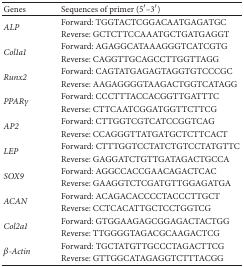
<table><thead><tr><td><b>Genes</b></td><td><b>Sequences of primer (5′–3′)</b></td></tr></thead><tbody><tr><td rowspan="2"><i>ALP</i></td><td>Forward: TGGTACTCGGACAATGAGATGC</td></tr><tr><td>Reverse: GCTCTTCCAAATGCTGATGAGGT</td></tr><tr><td rowspan="2"><i>Col1a1</i></td><td>Forward: AGAGGCATAAAGGGTCATCGTG</td></tr><tr><td>Reverse: CAGGTTGCAGCCTTGGTTAGG</td></tr><tr><td rowspan="2"><i>Runx2</i></td><td>Forward: CAGTATGAGAGTAGGTGTCCCGC</td></tr><tr><td>Reverse: AAGAGGGGTAAGACTGGTCATAGG</td></tr><tr><td rowspan="2"><i>PPARγ</i></td><td>Forward: CCCTTTACCACGGTTGATTTC</td></tr><tr><td>Reverse: CTTCAATCGGATGGTTCTTCG</td></tr><tr><td rowspan="2"><i>AP2</i></td><td>Forward: CTTGGTCGTCATCCGGTCAG</td></tr><tr><td>Reverse: CCAGGGTTATGATGCTCTTCACT</td></tr><tr><td rowspan="2"><i>LEP</i></td><td>Forward: CTTTGGTCCTATCTGTCCTATGTTC</td></tr><tr><td>Reverse: GAGGATCTGTTGATAGACTGCCA</td></tr><tr><td rowspan="2"><i>SOX9</i></td><td>Forward: AGGCCACCGAACAGACTCAC</td></tr><tr><td>Reverse: GAAGGTCTCGATGTTGGAGATGA</td></tr><tr><td rowspan="2"><i>ACAN</i></td><td>Forward: ACAGACACCCCTACCCTTGCT</td></tr><tr><td>Reverse: CCTCACATTGCTCCTGGTCG</td></tr><tr><td rowspan="2"><i>Col2a1</i></td><td>Forward: GTGGAAGAGCGGAGACTACTGG</td></tr><tr><td>Reverse: TTGGGGTAGACGCAAGACTCG</td></tr><tr><td rowspan="2"><i>β-Actin</i></td><td>Forward: TGCTATGTTGCCCTAGACTTCG</td></tr><tr><td>Reverse: GTTGGCATAGAGGTCTTTACGG</td></tr></tbody></table>